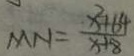
M N = \frac { x ^ { 2 } + 6 4 } { x + 8 }